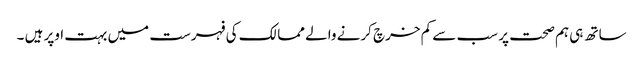
ساتھ ہی ہم صحت پر سب سے کم خرچ کرنے والے ممالک کی فہرست میں بہت اوپر ہیں ۔